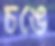
চঙে